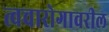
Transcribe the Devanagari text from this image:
त्वचारोगावरील